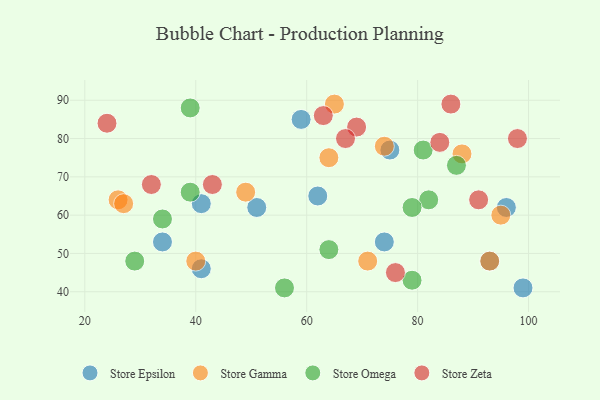
{"axis": {"x": "GDP", "y": "Life Expectancy"}, "legend": ["Store Epsilon", "Store Gamma", "Store Omega", "Store Zeta"], "data": [{"x": "41", "y": 63, "type": "Store Epsilon"}, {"x": "51", "y": 62, "type": "Store Epsilon"}, {"x": "74", "y": 53, "type": "Store Epsilon"}, {"x": "93", "y": 48, "type": "Store Epsilon"}, {"x": "75", "y": 77, "type": "Store Epsilon"}, {"x": "96", "y": 62, "type": "Store Epsilon"}, {"x": "62", "y": 65, "type": "Store Epsilon"}, {"x": "59", "y": 85, "type": "Store Epsilon"}, {"x": "34", "y": 53, "type": "Store Epsilon"}, {"x": "41", "y": 46, "type": "Store Epsilon"}, {"x": "99", "y": 41, "type": "Store Epsilon"}, {"x": "65", "y": 89, "type": "Store Gamma"}, {"x": "64", "y": 75, "type": "Store Gamma"}, {"x": "71", "y": 48, "type": "Store Gamma"}, {"x": "74", "y": 78, "type": "Store Gamma"}, {"x": "93", "y": 48, "type": "Store Gamma"}, {"x": "49", "y": 66, "type": "Store Gamma"}, {"x": "26", "y": 64, "type": "Store Gamma"}, {"x": "88", "y": 76, "type": "Store Gamma"}, {"x": "27", "y": 63, "type": "Store Gamma"}, {"x": "95", "y": 60, "type": "Store Gamma"}, {"x": "40", "y": 48, "type": "Store Gamma"}, {"x": "56", "y": 41, "type": "Store Omega"}, {"x": "34", "y": 59, "type": "Store Omega"}, {"x": "87", "y": 73, "type": "Store Omega"}, {"x": "82", "y": 64, "type": "Store Omega"}, {"x": "39", "y": 88, "type": "Store Omega"}, {"x": "39", "y": 66, "type": "Store Omega"}, {"x": "64", "y": 51, "type": "Store Omega"}, {"x": "79", "y": 62, "type": "Store Omega"}, {"x": "29", "y": 48, "type": "Store Omega"}, {"x": "79", "y": 43, "type": "Store Omega"}, {"x": "81", "y": 77, "type": "Store Omega"}, {"x": "98", "y": 80, "type": "Store Zeta"}, {"x": "76", "y": 45, "type": "Store Zeta"}, {"x": "32", "y": 68, "type": "Store Zeta"}, {"x": "84", "y": 79, "type": "Store Zeta"}, {"x": "63", "y": 86, "type": "Store Zeta"}, {"x": "43", "y": 68, "type": "Store Zeta"}, {"x": "69", "y": 83, "type": "Store Zeta"}, {"x": "24", "y": 84, "type": "Store Zeta"}, {"x": "67", "y": 80, "type": "Store Zeta"}, {"x": "86", "y": 89, "type": "Store Zeta"}, {"x": "91", "y": 64, "type": "Store Zeta"}]}